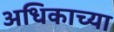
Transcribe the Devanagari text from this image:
अधिकाच्या